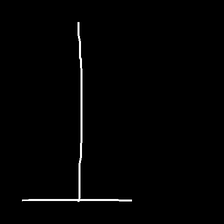
Glyph: column